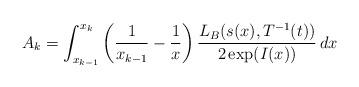
LaTeX: \begin{align*} A_k = \int_{x_{k-1}}^{x_k} \left(\frac{1}{x_{k-1}}-\frac{1}{x}\right) \frac{L_B(s(x),T^{-1}(t))}{2\exp(I(x))}\, dx \end{align*}